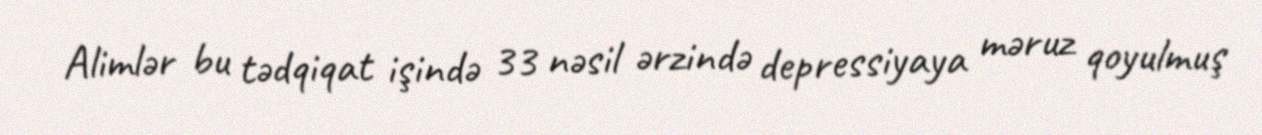
Alimlər bu tədqiqat işində 33 nəsil ərzində depressiyaya məruz qoyulmuş